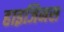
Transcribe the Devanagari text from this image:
हाइजिनस